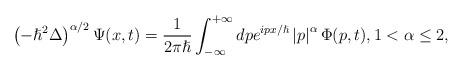
LaTeX: \begin{align*}\left( -\hslash^{2}\Delta\right) ^{\alpha/2}\Psi(x,t)=\frac{1}{2\pi\hslash}\int_{-\infty}^{+\infty}dpe^{ipx/\hslash}\left\vert p\right\vert^{\alpha}\Phi(p,t),1<\alpha\leq2,\end{align*}